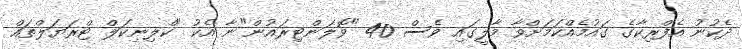
ދެކުނު އެފްރިކާގެ ގައުމެއްކަމަށްވާ މާލީގައި ވެސް 40 "ވޮލަންޓިރައުން"ނާ އެކު "ކްލިނިކަލް ޓްރަޔަލްތައް